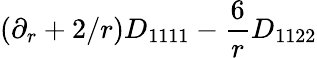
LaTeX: (\partial_{r}+2/r)D_{1111}-\frac{6}{r}D_{1122}